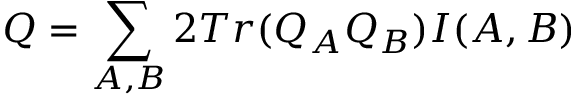
Q = \sum _ { A , B } 2 T r ( Q _ { A } Q _ { B } ) I ( A , B )